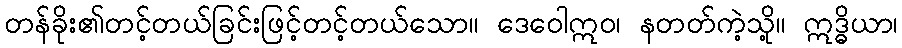
တန်ခိုး၏တင့်တယ်ခြင်းဖြင့်တင့်တယ်သော။ ဒေဝေါဣဝ၊ နတတ်ကဲ့သို့။ ဣဒ္ဓိယာ၊